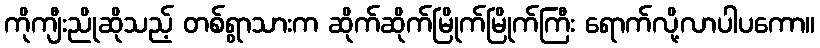
ကိုကျီးညိုဆိုသည့် တစ်ရွာသားက ဆိုက်ဆိုက်မြိုက်မြိုက်ကြီး ရောက်လို့လာပါပကော။